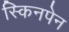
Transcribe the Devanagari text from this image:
स्किनपेन